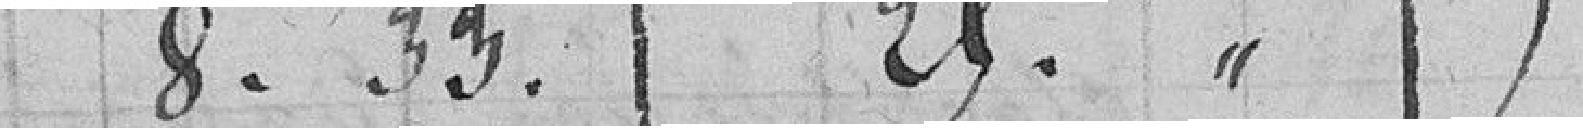
8.33. 25.